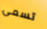
تسمى